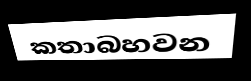
කතාබහවන